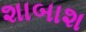
શાબાશ